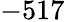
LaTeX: -517